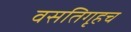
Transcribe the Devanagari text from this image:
वसतिगृहच